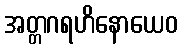
အတ္တဂရဟိနောယေဝ